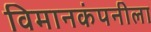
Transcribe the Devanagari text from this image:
विमानकंपनीला